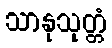
သာနုသုတ္တံ